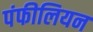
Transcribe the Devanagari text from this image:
पंफीलियन